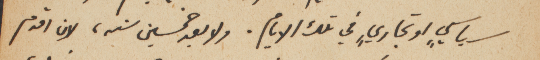
سياسيٍ او تجاريٍ في تلك اليام. ولا بعد خمسين سنه، لان اقدم